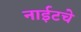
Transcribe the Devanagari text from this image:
नाईटचे